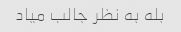
بله به نظر جالب میاد